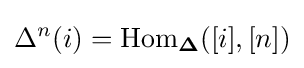
\Delta ^{n}(i)=\mathrm {Hom} _{\mathbf {\Delta } }([i],[n])